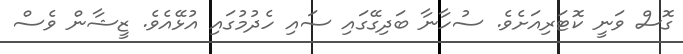
ގޮސް ވަނީ ކޮޓަރިއަށެވެ. ސުހާނާ ބަދިގޭގައި ސައި ހެދުމުގައި އުޅޭއެވެ. ޒީޝާން ވެސް